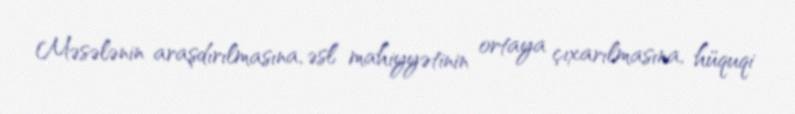
Məsələnin araşdırılmasına, əsl mahiyyətinin ortaya çıxarılmasına, hüquqi